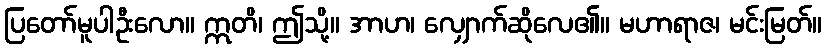
ပြတော်မူပါဦးလော။ ဣတိ၊ ဤသို့။ အာဟ၊ လျှောက်ဆိုလေ၏။ မဟာရာဇ၊ မင်းမြတ်။